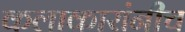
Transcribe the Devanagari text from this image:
कलाकारांनीच